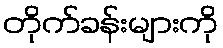
တိုက်ခန်းများကို